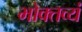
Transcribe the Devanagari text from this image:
भोक्तव्यं